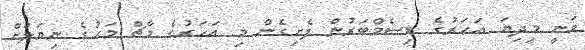
ވަނީ މިދިޔަ އަހަރުގެ ޑިސެމްބަރުން ފެށިގެން މި އަހަރުގެ މާޗް މަހުގެ ނިޔަލަށް